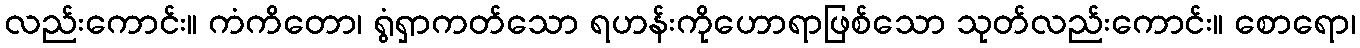
လည်းကောင်း။ ကံကိတော၊ ရွံရှာကတ်သော ရဟန်းကိုဟောရာဖြစ်သော သုတ်လည်းကောင်း။ စောရော၊